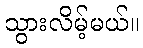
သွားလိမ့်မယ်။